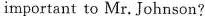
imρortant to Mr. Johnson?